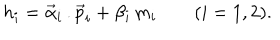
LaTeX: h _ { i } = \vec { \alpha } _ { i } \, . \vec { p } _ { i } + \beta _ { i } \, m _ { i } \qquad ( i = 1 , 2 ) .